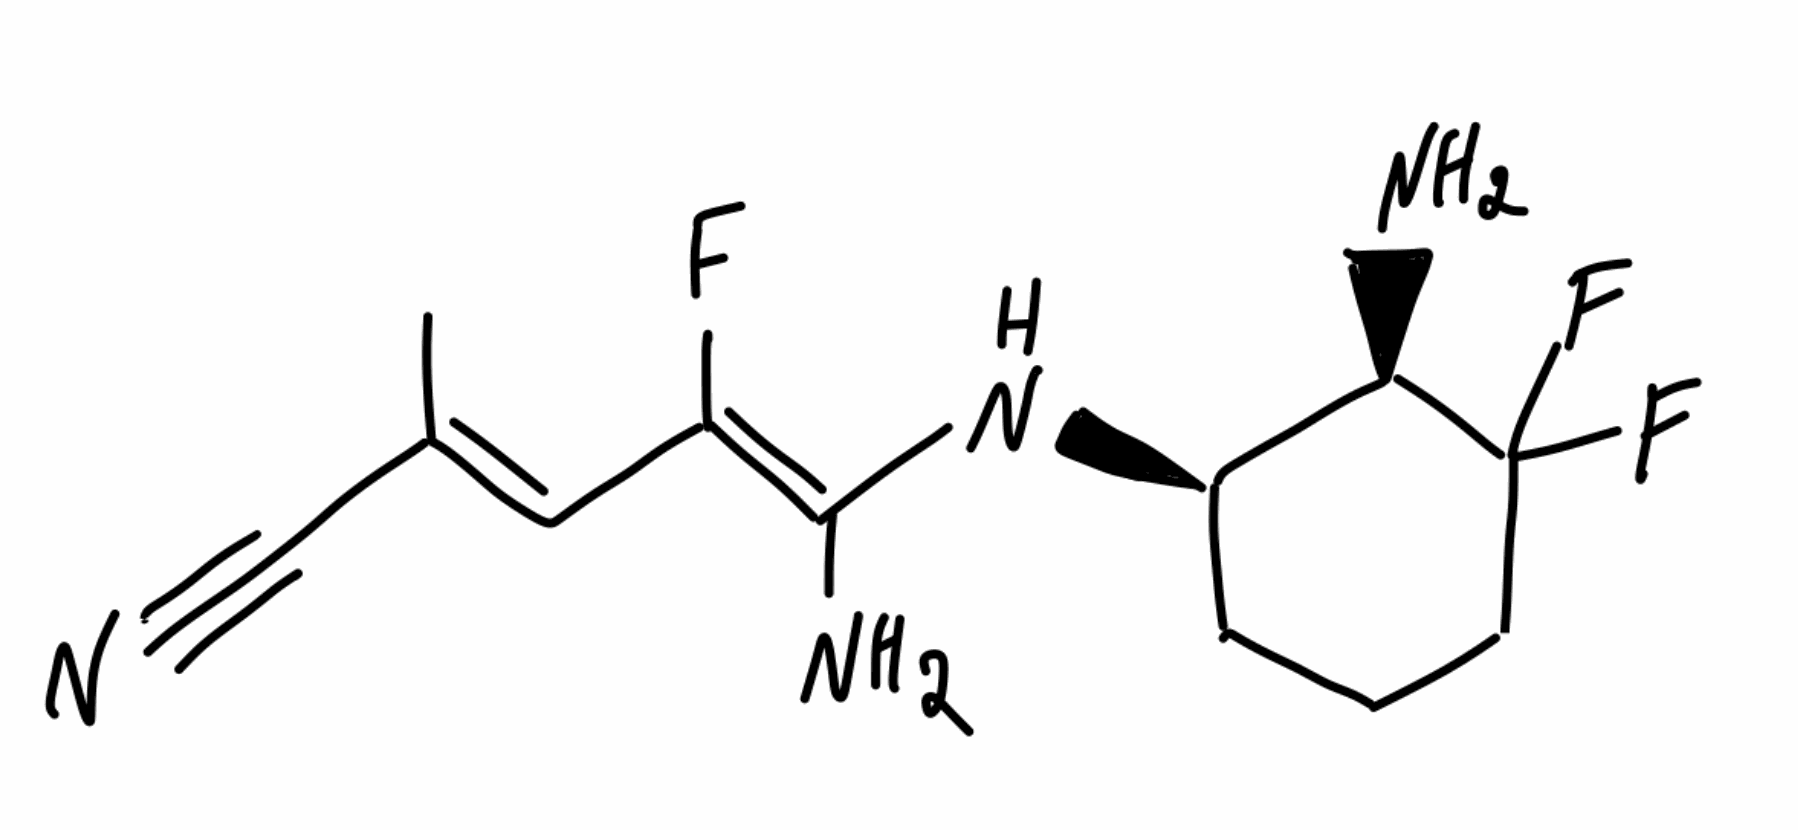
Simplified molecular-input line-entry system (SMILES) notation of the given molecule:
C/C(=C\C(=C(/N)\N[C@@H]1CCCC([C@@H]1N)(F)F)\F)/C#N